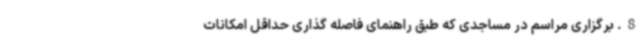
8. برگزاری مراسم در مساجدی که طبق راهنمای فاصله گذاری حداقل امکانات